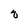
Character: q